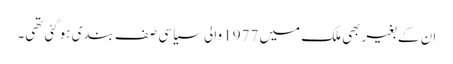
ان کے بغیربھی ملک میں 1977 والی سیاسی صف بندی ہوگئی تھی۔